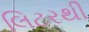
લિટરથી